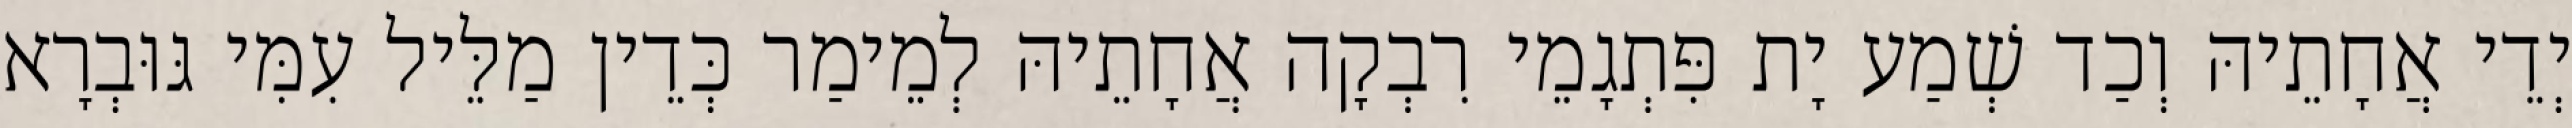
יְדֵי אֲחָתֵיהּ וְכַד שְׁמַע יָת פִּתְגָמֵי רִבְקָה אֲחָתֵיהּ לְמֵימַר כְּדֵין מַלֵּיל עִמִּי גּוּבְרָא